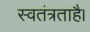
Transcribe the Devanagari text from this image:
स्वतंत्रताहै।